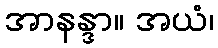
အာနန္ဒာ။ အယံ၊